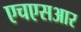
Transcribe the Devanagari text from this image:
एचएसआर